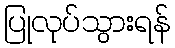
ပြုလုပ်သွားရန်